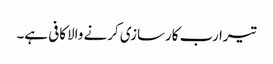
تیرا رب کارسازی کرنے والاکافی ہے۔